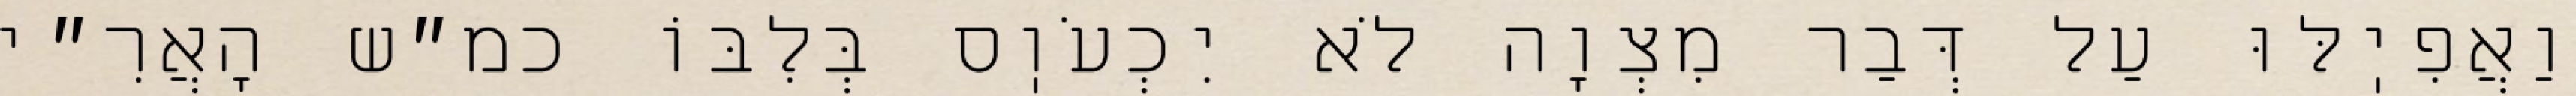
וַאֲפִיֽלּוּ עַל דְּבַר מִצְוָה לֹא יִכְעֹוֽס בְּלִבּוֹ כמ״ש הָאֲרִ״י